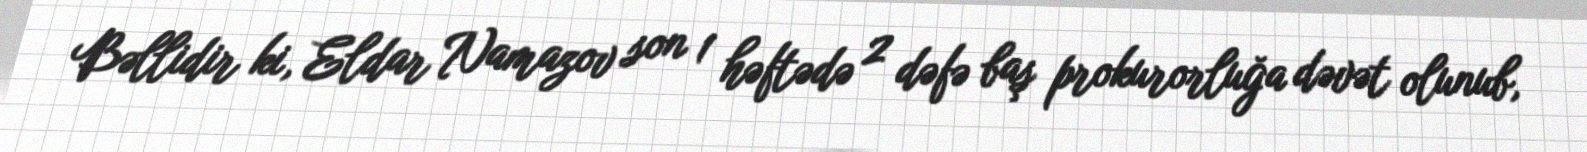
Bəllidir ki, Eldar Namazov son 1 həftədə 2 dəfə baş prokurorluğa dəvət olunub,